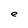
Character: e